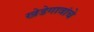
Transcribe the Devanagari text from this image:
खेडेगावांचे